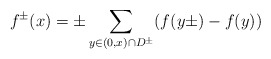
\begin{align*}f^\pm(x)=\pm\sum_{y\in (0,x)\cap D^\pm} (f(y\pm)-f(y))\end{align*}